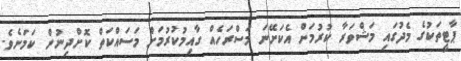
ޕާޓީތަކުގެ މެދުގައި މަޝްވަރާ ކުރުމަށް އެކަށޭނަ މަސްރަހެއް ގާއިމުކުރުމަށް މަސައްކަތް ކޮށްދިނުން ކަމަށެވެ.